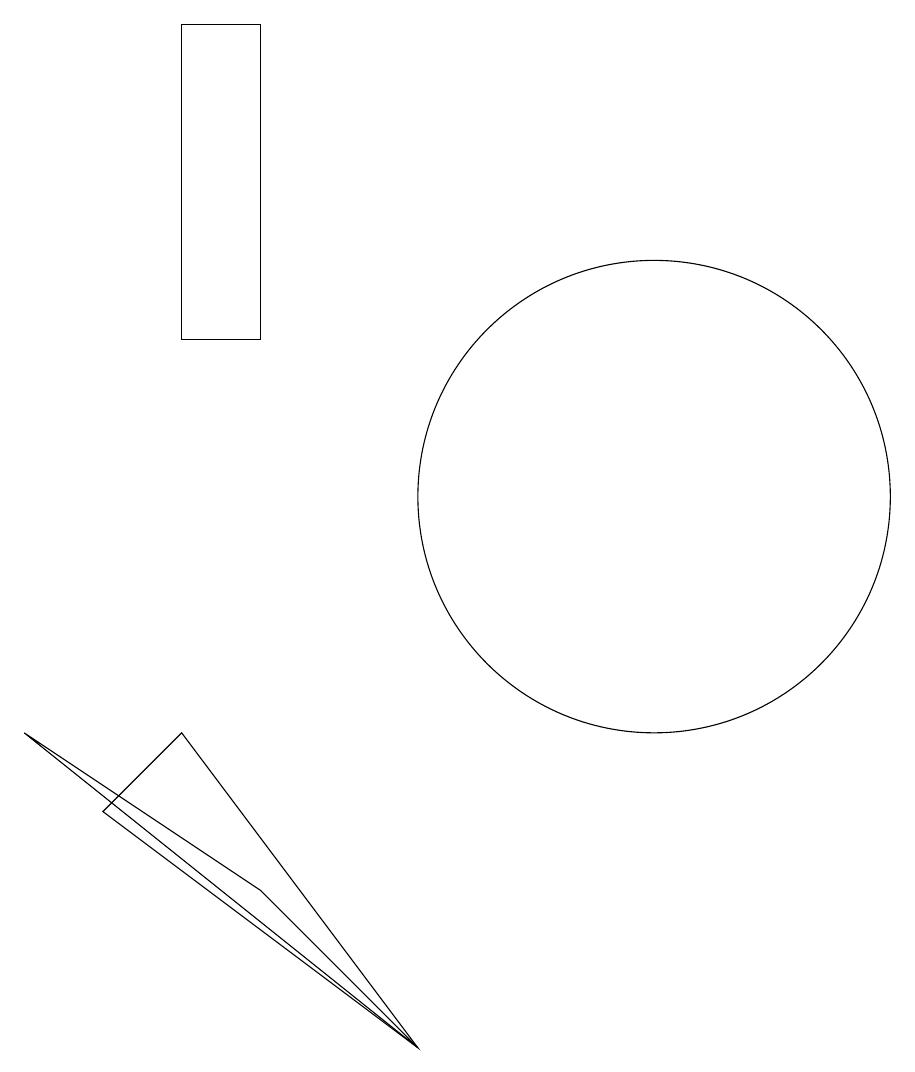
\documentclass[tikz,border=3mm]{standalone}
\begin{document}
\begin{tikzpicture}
\draw (11,11) circle (3);
\draw (8,4) -- (5,8) -- (4,7) -- cycle;
\draw (6,6) -- (3,8) -- (8,4) -- cycle;
\draw (6,17) rectangle (5,13);
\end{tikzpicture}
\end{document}